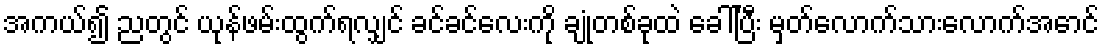
အကယ်၍ ညတွင် ယုန်ဖမ်းထွက်ရလျှင် ခင်ခင်လေးကို ချုံတစ်ခုထဲ ခေါ်ပြီး မှတ်လောက်သားလောက်အောင်